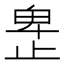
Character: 𰙮